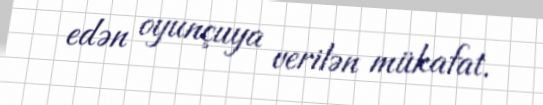
edən oyunçuya verilən mükafat.